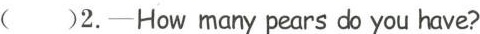
( )2.-How many pears do you have?